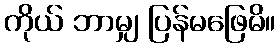
ကိုယ် ဘာမျှ ပြန်မဖြေမိ။